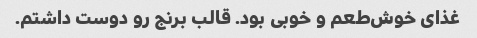
غذای خوش‌طعم و خوبی بود. قالب برنج رو دوست داشتم.